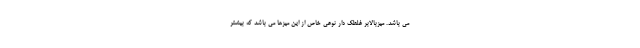
می باشد. میزبالابر غلطک دار نوعی خاص از این میزها می باشد که بیشتر